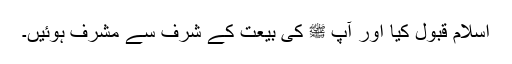
اسلام قبول کیا اور آپ ﷺ کی بیعت کے شرف سے مشرف ہوئیں۔